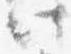
此